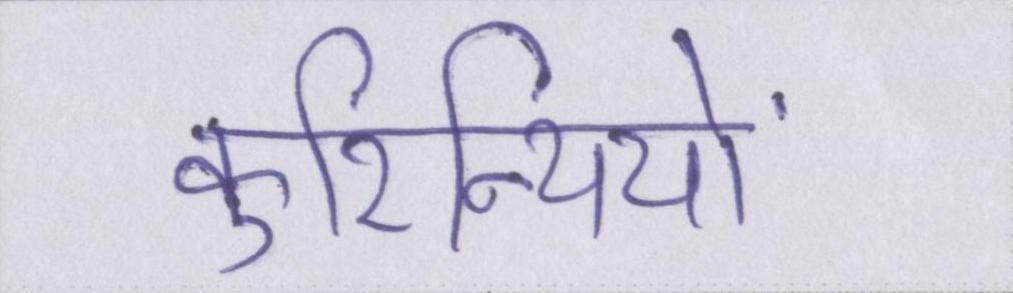
कुरिन्थियों